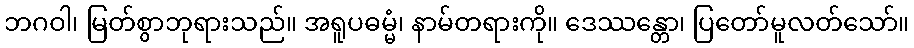
ဘဂဝါ၊ မြတ်စွာဘုရားသည်။ အရူပဓမ္မံ၊ နာမ်တရားကို။ ဒေဿန္တော၊ ပြတော်မူလတ်သော်။